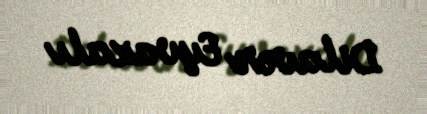
Dilavər Eyvazalı